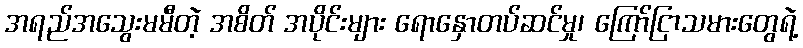
အရည်အသွေးမမီတဲ့ အစိတ် အပိုင်းများ ရောနှောတပ်ဆင်မှု၊ ကြော်ငြာသမားတွေရဲ့